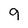
Character: 9